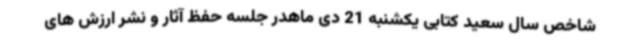
شاخص سال سعید کتابی یکشنبه 21 دی ماهدر جلسه حفظ آثار و نشر ارزش های